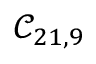
\mathcal { C } _ { 2 1 , 9 }